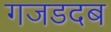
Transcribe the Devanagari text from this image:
गजडदब